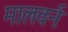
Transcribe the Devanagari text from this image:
मालवर्न